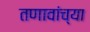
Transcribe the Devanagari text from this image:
तणावांच्या